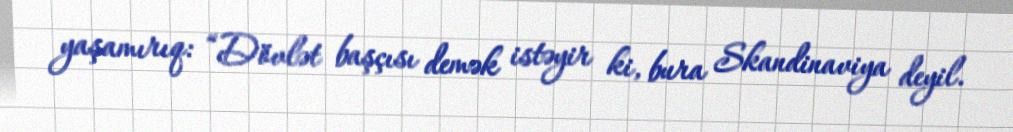
yaşamırıq: “Dövlət başçısı demək istəyir ki, bura Skandinaviya deyil.